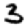
Digit: 3